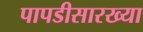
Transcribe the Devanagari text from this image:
पापडीसारख्या